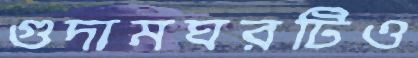
গুদামঘরটিও